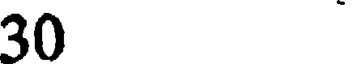
30